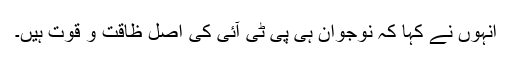
انہوں نے کہا کہ نوجوان ہی پی ٹی آئی کی اصل ظاقت و قوت ہیں۔